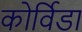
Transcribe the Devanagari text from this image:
कोर्विडा